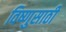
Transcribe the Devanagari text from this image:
विष्णुसाठी